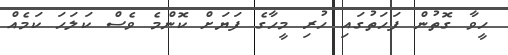
ހީވާ ގޮތުން ފަހަތުގައި ހުރި މީހާގެ ފަޔަށް ކޮންމެ ވެސް ކަލަހަ ކަމެއް